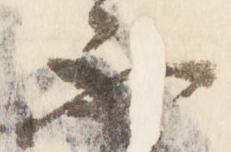
不